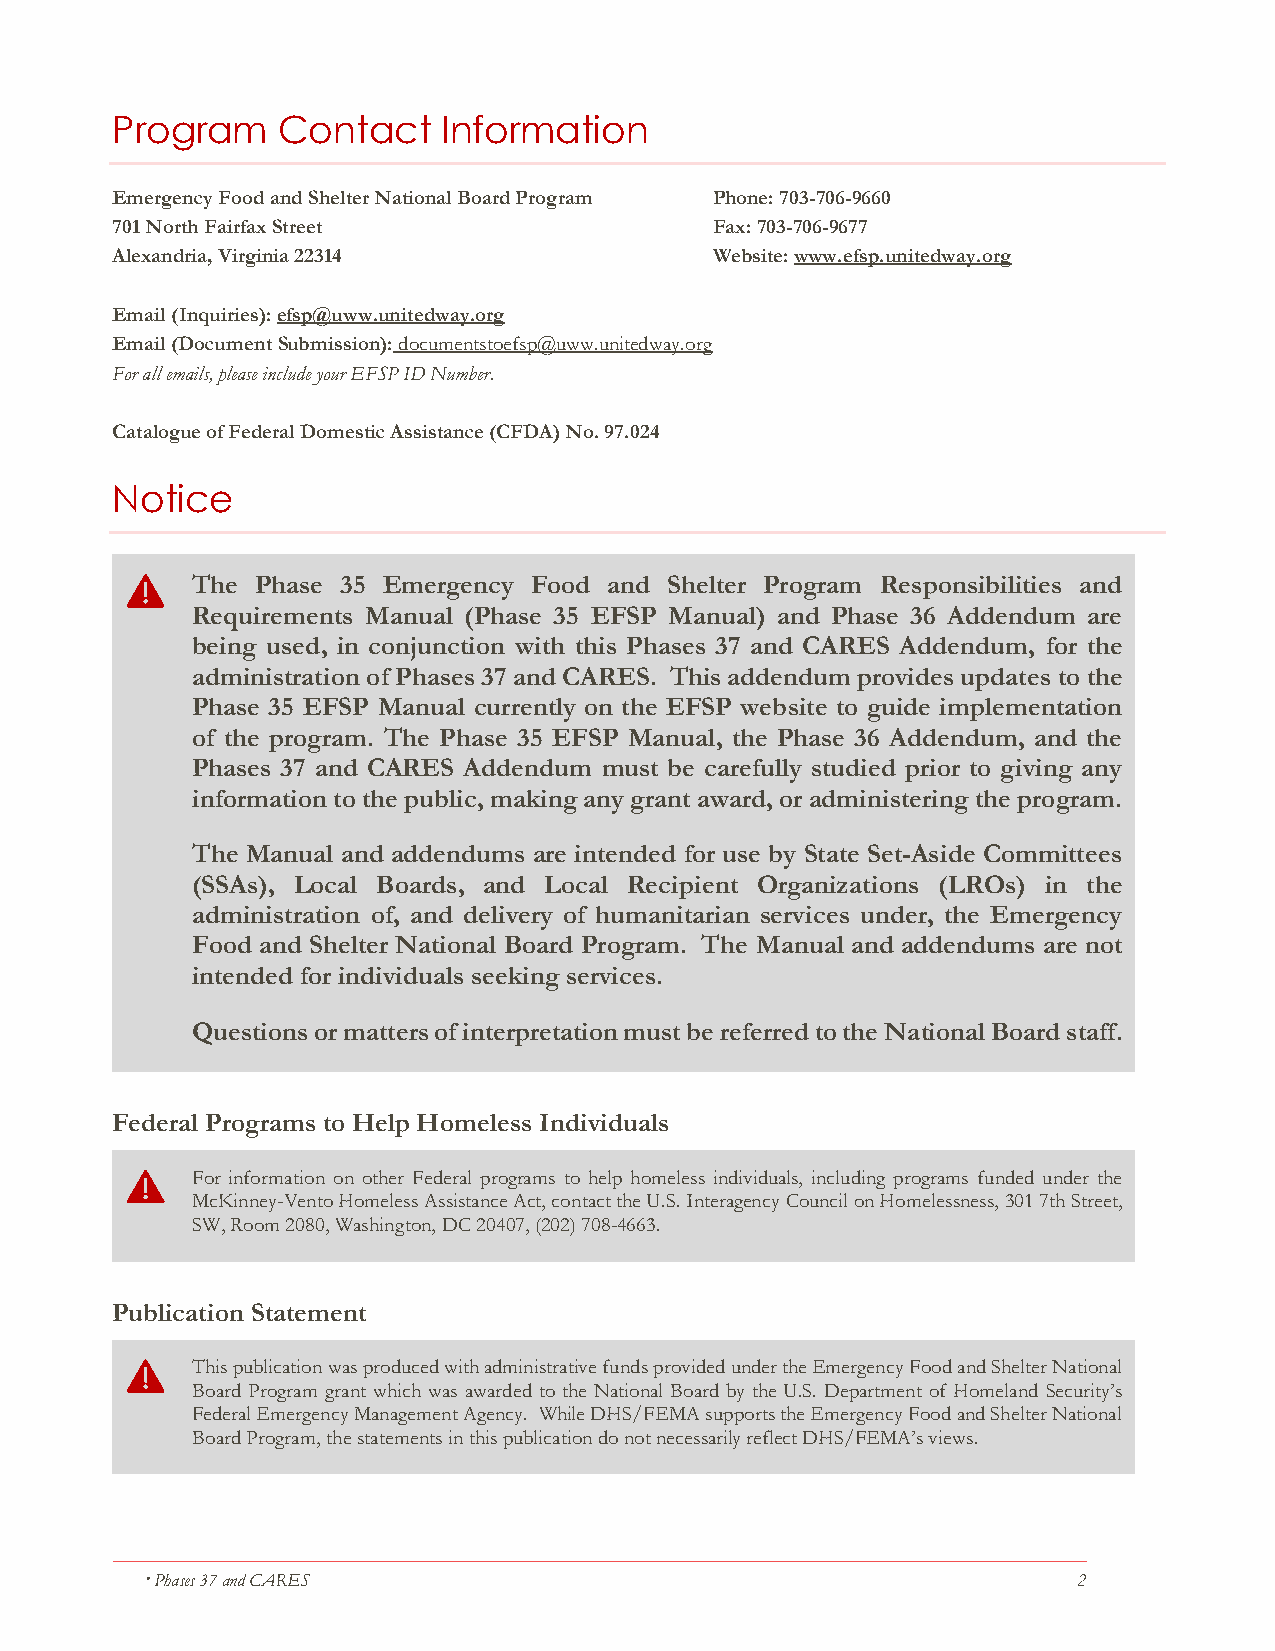
Program    Contact    Information
 Emergency Food and Shelter National Board Program Phone: 703-706-9660
 701 North Fairfax Street                Fax: 703-706-9677
 Alexandria, Virginia 22314              Website: www.efsp.unitedway.org
 Email (Inquiries): efsp@uww.unitedway.org
 Email (Document Submission): documentstoefsp@uww.unitedway.org
 For all emails, please include your EFSP ID Number.
 Catalogue of Federal Domestic Assistance (CFDA) No. 97.024
 Notice
 The Phase 35 Emergency Food and Shelter Program Responsibilities and
 Requirements Manual (Phase 35 EFSP Manual) and Phase 36 Addendum are
 being used, in conjunction with this Phases 37 and CARES Addendum, for the
 administration of Phases 37 and CARES. This addendum provides updates to the
 Phase 35 EFSP Manual currently on the EFSP website to guide implementation
 of the program. The Phase 35 EFSP Manual, the Phase 36 Addendum, and the
 Phases 37 and CARES Addendum must be carefully studied prior to giving any
 information to the public, making any grant award, or administering the program.
 The Manual and addendums are intended for use by State Set-Aside Committees
 (SSAs), Local Boards, and Local Recipient Organizations (LROs) in the
 administration of, and delivery of humanitarian services under, the Emergency
 Food and Shelter National Board Program. The Manual and addendums are not
 intended for individuals seeking services.
 Questions or matters of interpretation must be referred to the National Board staff.
 Federal Programs to Help Homeless Individuals
 For information on other Federal programs to help homeless individuals, including programs funded under the
 McKinney-Vento Homeless Assistance Act, contact the U.S. Interagency Council on Homelessness, 301 7th Street,
 SW, Room 2080, Washington, DC 20407, (202) 708-4663.
 Publication Statement
 This publication was produced with administrative funds provided under the Emergency Food and Shelter National
 Board Program grant which was awarded to the National Board by the U.S. Department of Homeland Security’s
 Federal Emergency Management Agency. While DHS/FEMA supports the Emergency Food and Shelter National
 Board Program, the statements in this publication do not necessarily reflect DHS/FEMA’s views.
  Phases 37 and CARES                                         2